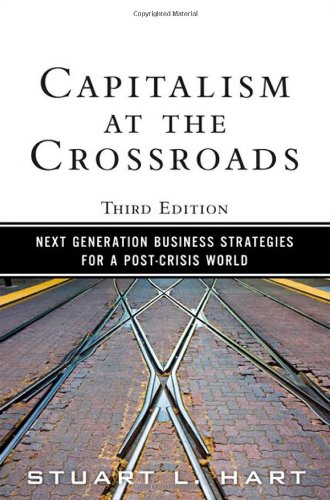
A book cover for Capitalism at the Crossroads: Next Generation Business Strategies for a Post-Crisis World (3rd Edition); Stuart L. Hart; Business & Money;